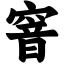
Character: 窨